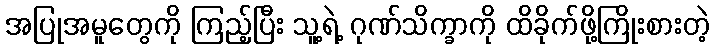
အပြုအမူတွေကို ကြည့်ပြီး သူ့ရဲ့ ဂုဏ်သိက္ခာကို ထိခိုက်ဖို့ကြိုးစားတဲ့